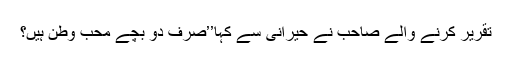
تقریر کرنے والے صاحب نے حیرانی سے کہا’’صرف دو بچے محب وطن ہیں؟